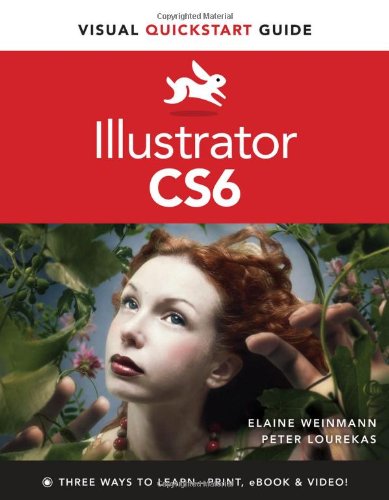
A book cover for Illustrator CS6: Visual QuickStart Guide; Peter Lourekas; Computers & Technology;